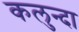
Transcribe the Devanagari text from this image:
कलुन्दा